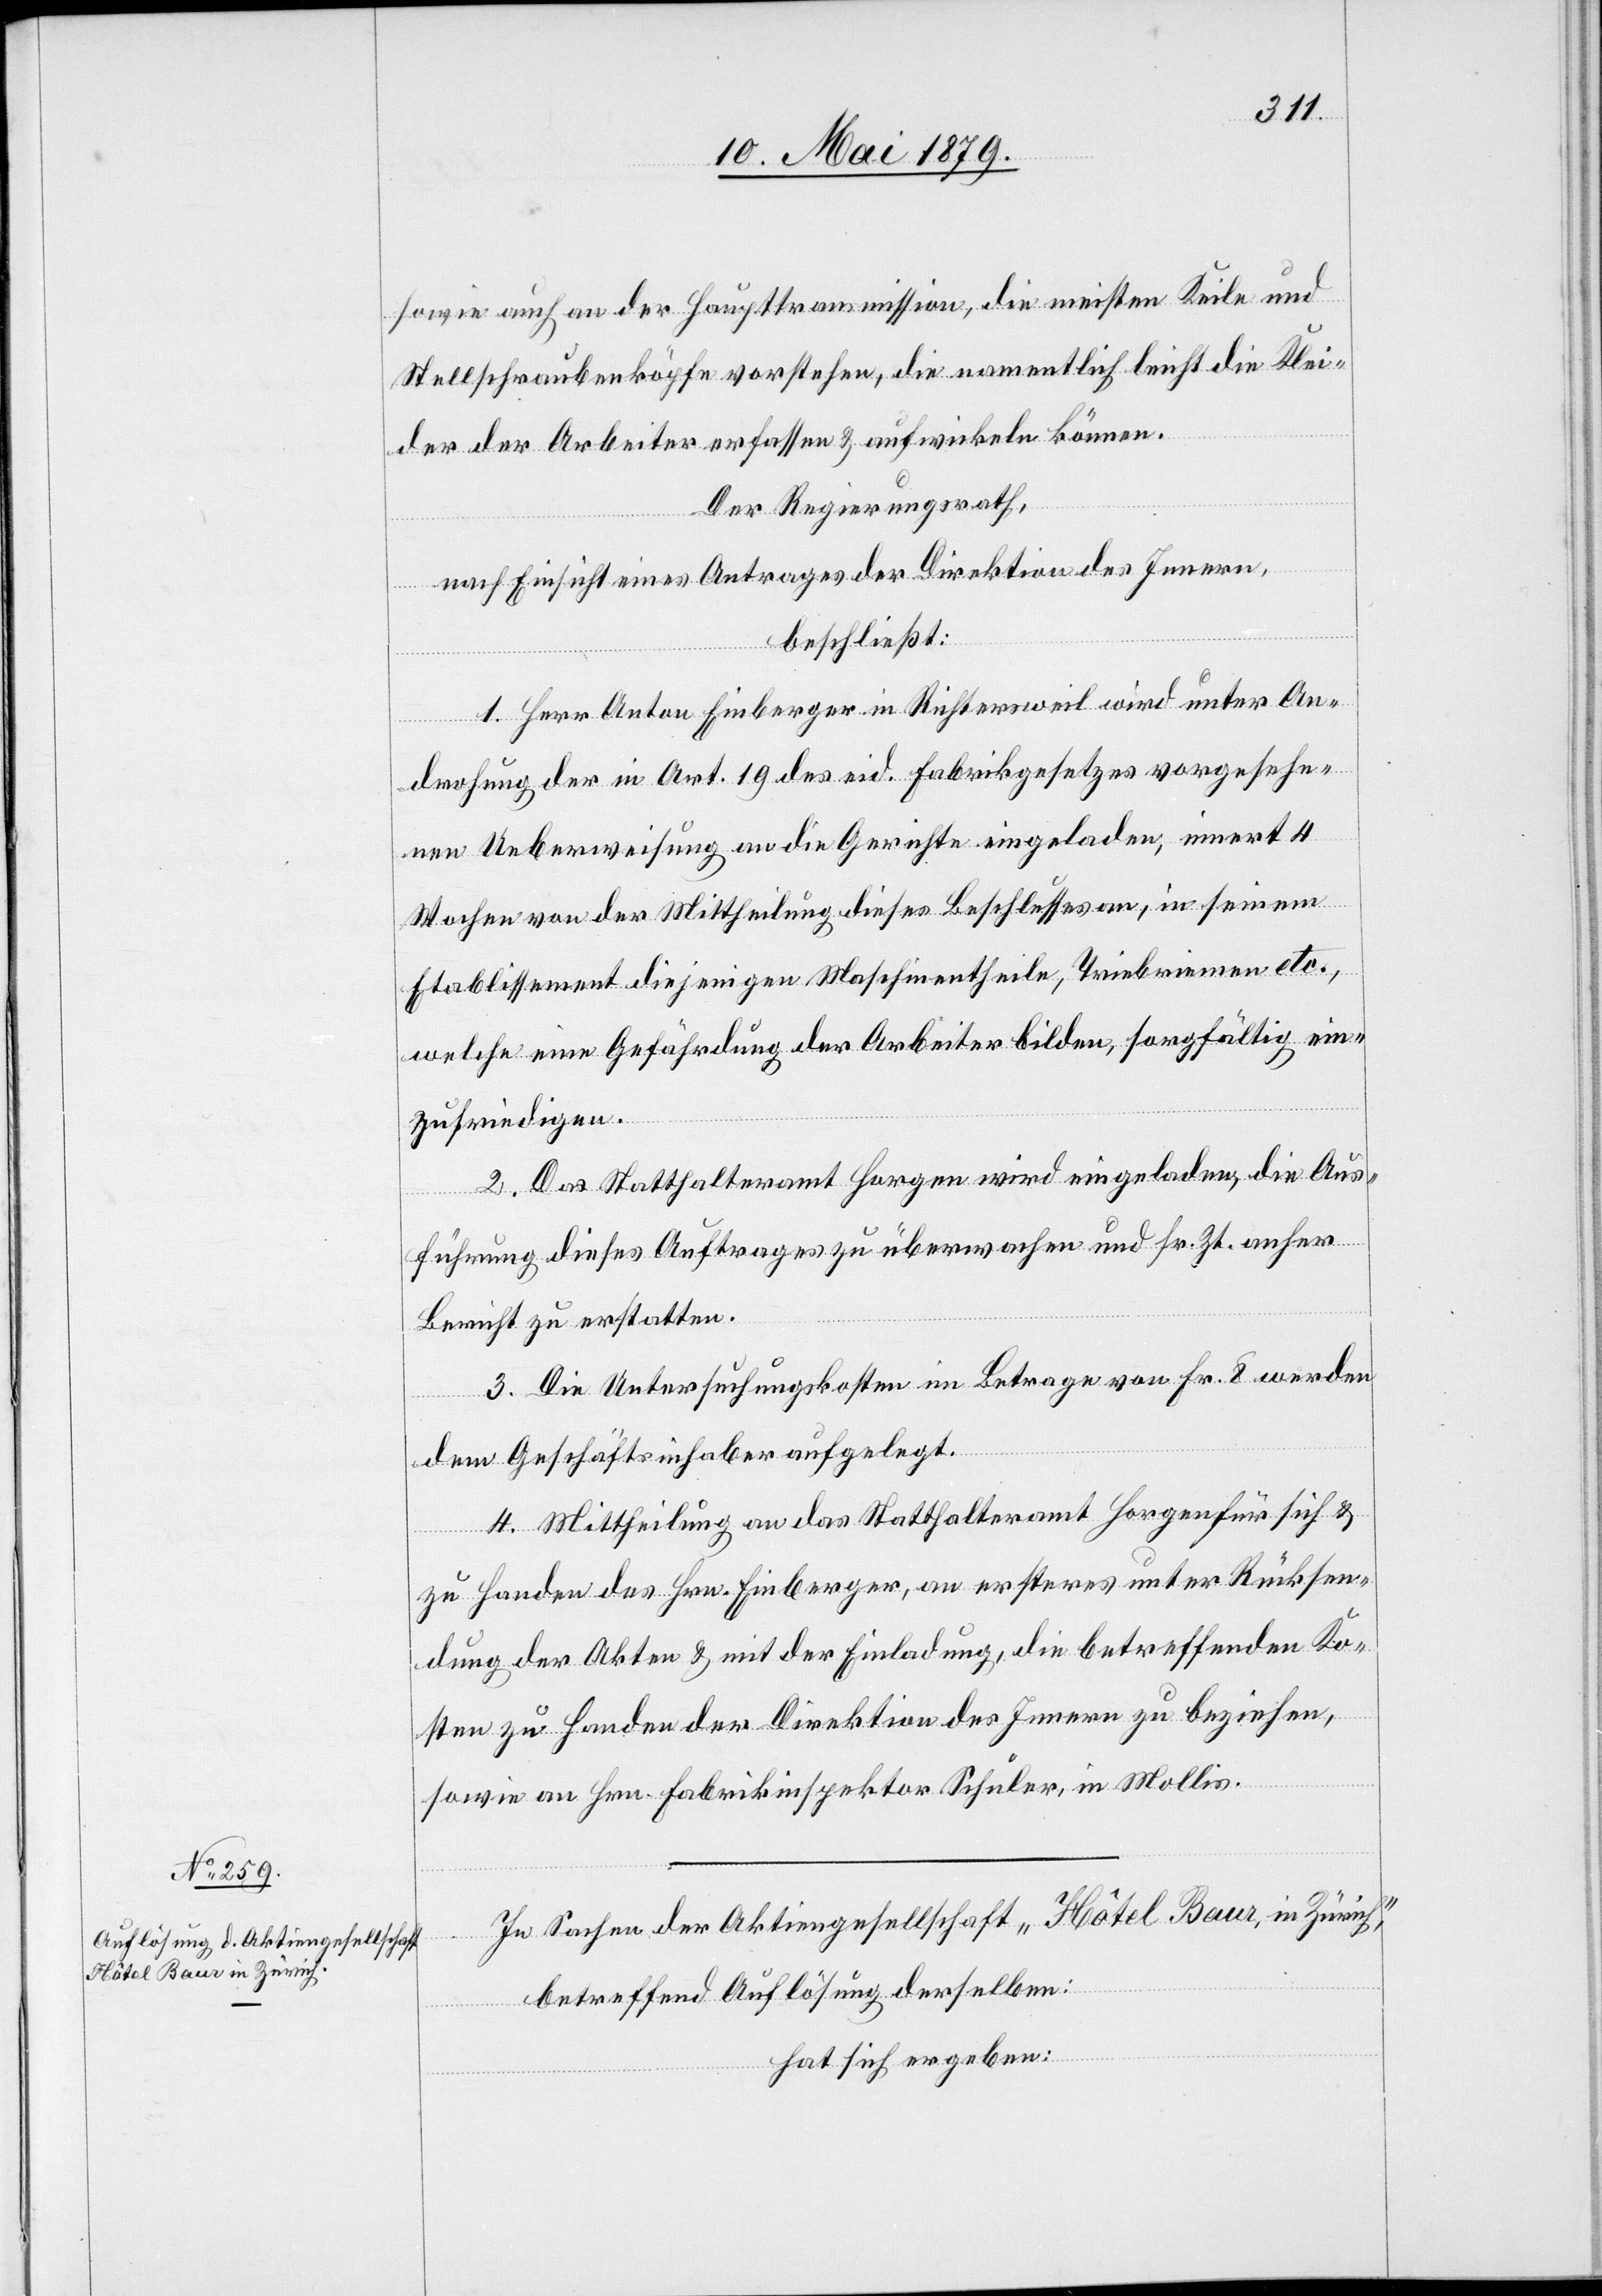
sowie auch an der Haupttransmission, die meisten Keile und
Stellschraubenköpfe vorstehen, die namentlich leicht die Klei¬
der der Arbeiter erfassen & aufwickeln können.
Der Regierungsrath,
nach Einsicht eines Antrages der Direktion des Innern
beschließt:
1. Herr Anton Einberger in Richtersweil wird unter An¬
drohung der in Art. 19 des eid. Fabrikgesetzes vorgesehe¬
nen Ueberweisung an die Gerichte eingeladen, innert 4
Wochen von der Mittheilung dieses Beschlusses an, in seinem
Etablissement diejenigen Maschinentheile, Triebriemen etc.,
welche eine Gefährdung der Arbeiter bilden, sorgfältig ein¬
zufriedigen.
2. Das Statthalteramt Horgen wird eingeladen, die Aus¬
führung dieses Auftrages zu überwachen und sr. Zt. anher
Bericht zu erstatten.
3. Die Untersuchungskosten im Betrage von Fr. 8 werden
dem Geschäftsinhaber aufgelegt.
4. Mittheilung an das Statthalteramt Horgen für sich &
zu Handen des Hrn. Einberger, an ersteres unter Rücksen¬
dung der Akten & mit der Einladung, die betreffenden Ko¬
sten zu Handen der Direktion des Innern zu beziehen,
sowie an Hrn. Fabrikinspektor Schuler, in Mollis.
In Sachen der Aktiengesellschaft „Hôtel Baur, in Zürich“,
betreffend Auflösung derselben:
hat sich ergeben: